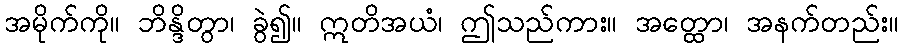
အမိုက်ကို။ ဘိန္ဒိတွာ၊ ခွဲ၍။ ဣတိအယံ၊ ဤသည်ကား။ အတ္ထော၊ အနက်တည်း။